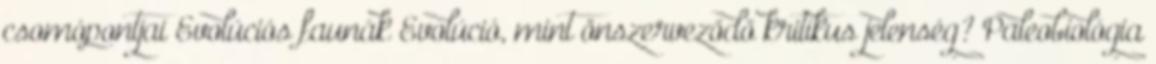
csomópontjai Evolúciós faunák Evolúció, mint önszerveződő kritikus jelenség? Paleobiológia